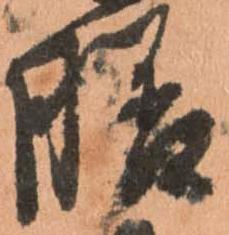
膳